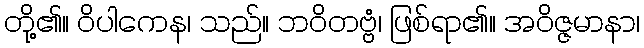
တို့၏။ ဝိပါကေန၊ သည်။ ဘဝိတဗ္ဗံ၊ ဖြစ်ရာ၏။ အဝိဇ္ဇမာနာ၊